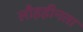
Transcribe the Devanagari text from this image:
लौहहीनता